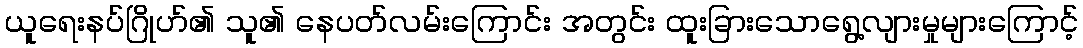
ယူရေးနပ်ဂြိုဟ်၏ သူ၏ နေပတ်လမ်းကြောင်း အတွင်း ထူးခြားသောရွေ့လျားမှုများကြောင့်